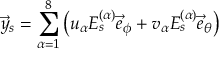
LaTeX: \vec { y } _ { s } = \sum _ { \alpha = 1 } ^ { 8 } \left( u _ { \alpha } E _ { s } ^ { ( \alpha ) } \vec { e } _ { \phi } + v _ { \alpha } E _ { s } ^ { ( \alpha ) } \vec { e } _ { \theta } \right)